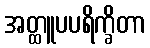
အတ္ထူပပရိက္ခိတာ